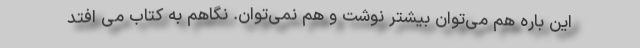
این باره هم می‌توان بیشتر نوشت و هم نمی‌توان. نگاهم به کتاب می افتد